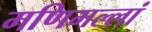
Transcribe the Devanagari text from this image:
मणिमल्लां